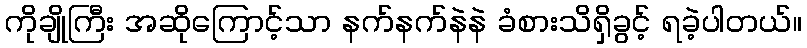
ကိုချိုကြီး အဆိုကြောင့်သာ နက်နက်နဲနဲ ခံစားသိရှိခွင့် ရခဲ့ပါတယ်။